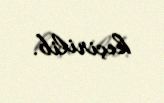
keçirilib.